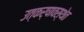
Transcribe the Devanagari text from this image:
उत्कर्षावस्थेत